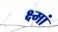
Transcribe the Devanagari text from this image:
क्ष्मां